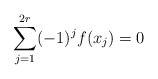
\begin{align*} \sum_{j=1}^{2r} (-1)^j f(x_j) = 0 \end{align*}